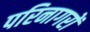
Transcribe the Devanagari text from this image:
परिनागरों